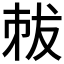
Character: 𠀽